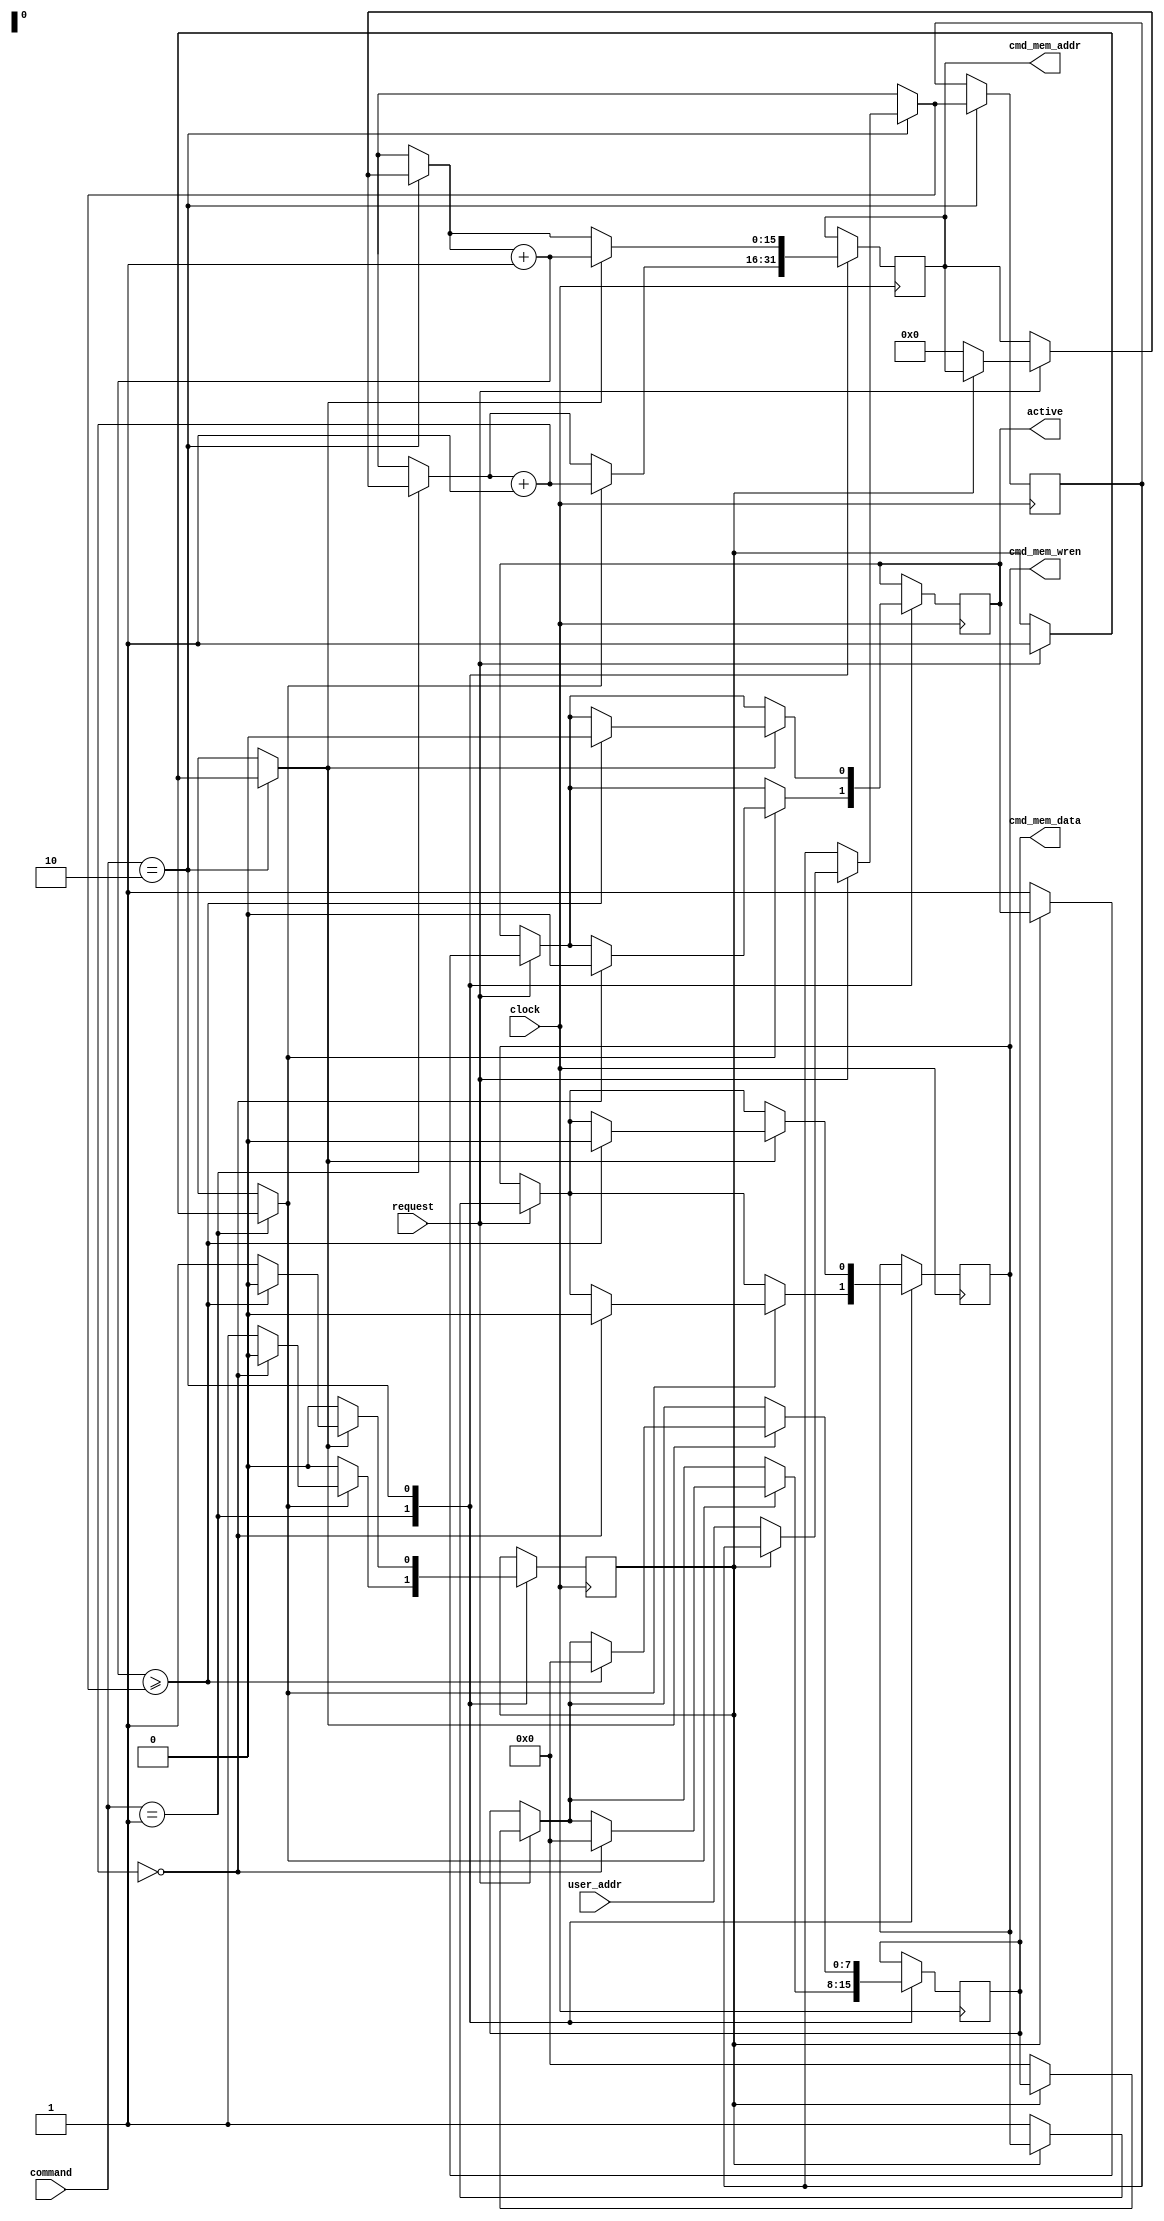
module commands (
		input clock,
		input [7:0] command,
		input request,
		
		input [15:0] user_addr,
		output reg [15:0] cmd_mem_addr,
		output reg [7:0] cmd_mem_data,
		output reg cmd_mem_wren,
		output reg active
	);
	
	reg started = 0;
	reg [15:0] tmp_addr = 0;
	
	always @(posedge clock) begin
		case (command)
			8'h00 :;
			8'h01 : begin
					if (request) begin
						if (!started) begin
							cmd_mem_wren = 1;				// write enable
							cmd_mem_addr = 0;						// start at $0000
							cmd_mem_data = 0;				// write zeros
							started = 1;
							active = 1;
						end
					end
					if (started) begin
						cmd_mem_addr = cmd_mem_addr + 1;
							
						if (cmd_mem_addr == 0) begin
							cmd_mem_data = 0;
							cmd_mem_wren = 0;
							started = 0;
							active = 0;
						end
					end
				end
			8'h02 : begin
					if (request) begin
						if (!started) begin
							cmd_mem_wren = 1;				// write enable
							cmd_mem_addr = 0;						// start at $0000
							cmd_mem_data = 0;				// write zeros
							tmp_addr = user_addr;
							started = 1;
							active = 1;
						end
					end
					if (started) begin
						cmd_mem_addr = cmd_mem_addr + 1;
							
						if (cmd_mem_addr >= tmp_addr) begin
							cmd_mem_data = 0;
							cmd_mem_wren = 0;
							started = 0;
							active = 0;
						end
					end
				end
			default :;
		endcase
	end

endmodule